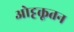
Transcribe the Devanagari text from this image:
ओट्टक्तूतन